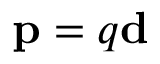
\mathbf { p } = q \mathbf { d }